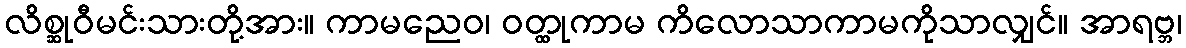
လိစ္ဆုဝီမင်းသားတို့အား။ ကာမညေဝ၊ ဝတ္ထုကာမ ကိလောသာကာမကိုသာလျှင်။ အာရဗ္ဘ၊